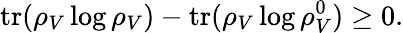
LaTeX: \mathrm{tr}(\rho_{V}\log\rho_{V})-\mathrm{tr}(\rho_{V}\log\rho_{V}^{0})\geq 0.